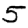
Digit: 5